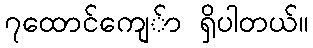
၇ထောင်ကျေ်ာ ရှိပါတယ်။